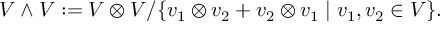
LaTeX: V \wedge V : = V \otimes V / \{ v _ { 1 } \otimes v _ { 2 } + v _ { 2 } \otimes v _ { 1 } \mid v _ { 1 } , v _ { 2 } \in V \} .